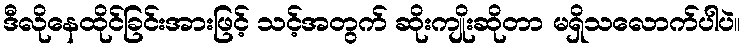
ဒီလိုနေထိုင်ခြင်းအားဖြင့် သင့်အတွက် ဆိုးကျိုးဆိုတာ မရှိသလောက်ပါပဲ။